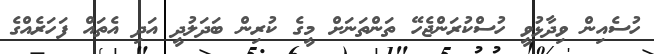
ހުސެއިން ވިދާޅުވީ ހުސްކުރަންޖެހޭ ތަންތަނަށް މީގެ ކުރިން ބަދަލުދީ އަދި އެތައް ފަހަރެއްގެ